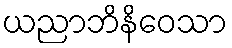
ယညာဘိနိဝေသာ